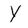
Character: Y